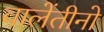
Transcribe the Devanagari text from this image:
वालेंतीनो